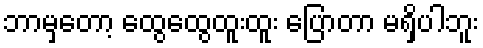
ဘာမှတော့ ထွေထွေထူးထူး ပြောတာ မရှိပါဘူး